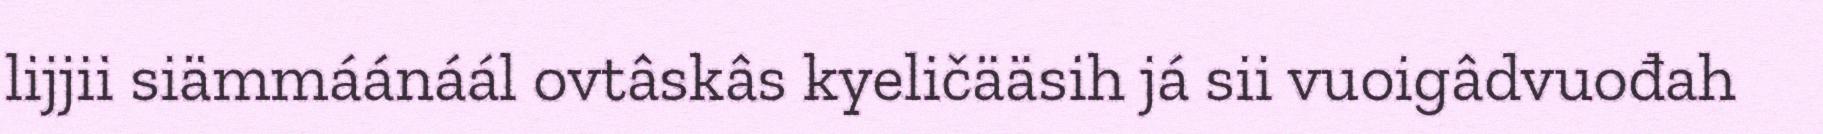
lijjii siämmáánáál ovtâskâs kyeličääsih já sii vuoigâdvuođah